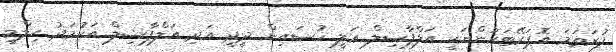
ފުރަތަމަ އޮޕަރޭޓަރުންނަކީ އަލްފާޟިލް ޢަލީ ހުސައިން ދީދީ އަދި އަލްފާޟިލް އަހުމަދު ޙިލްމީ